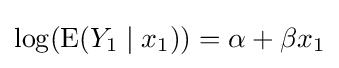
\log(\operatorname {E} (Y_{1}\mid x_{1}))=\alpha +\beta x_{1}